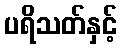
ပရိသတ်နှင့်